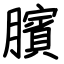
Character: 臏